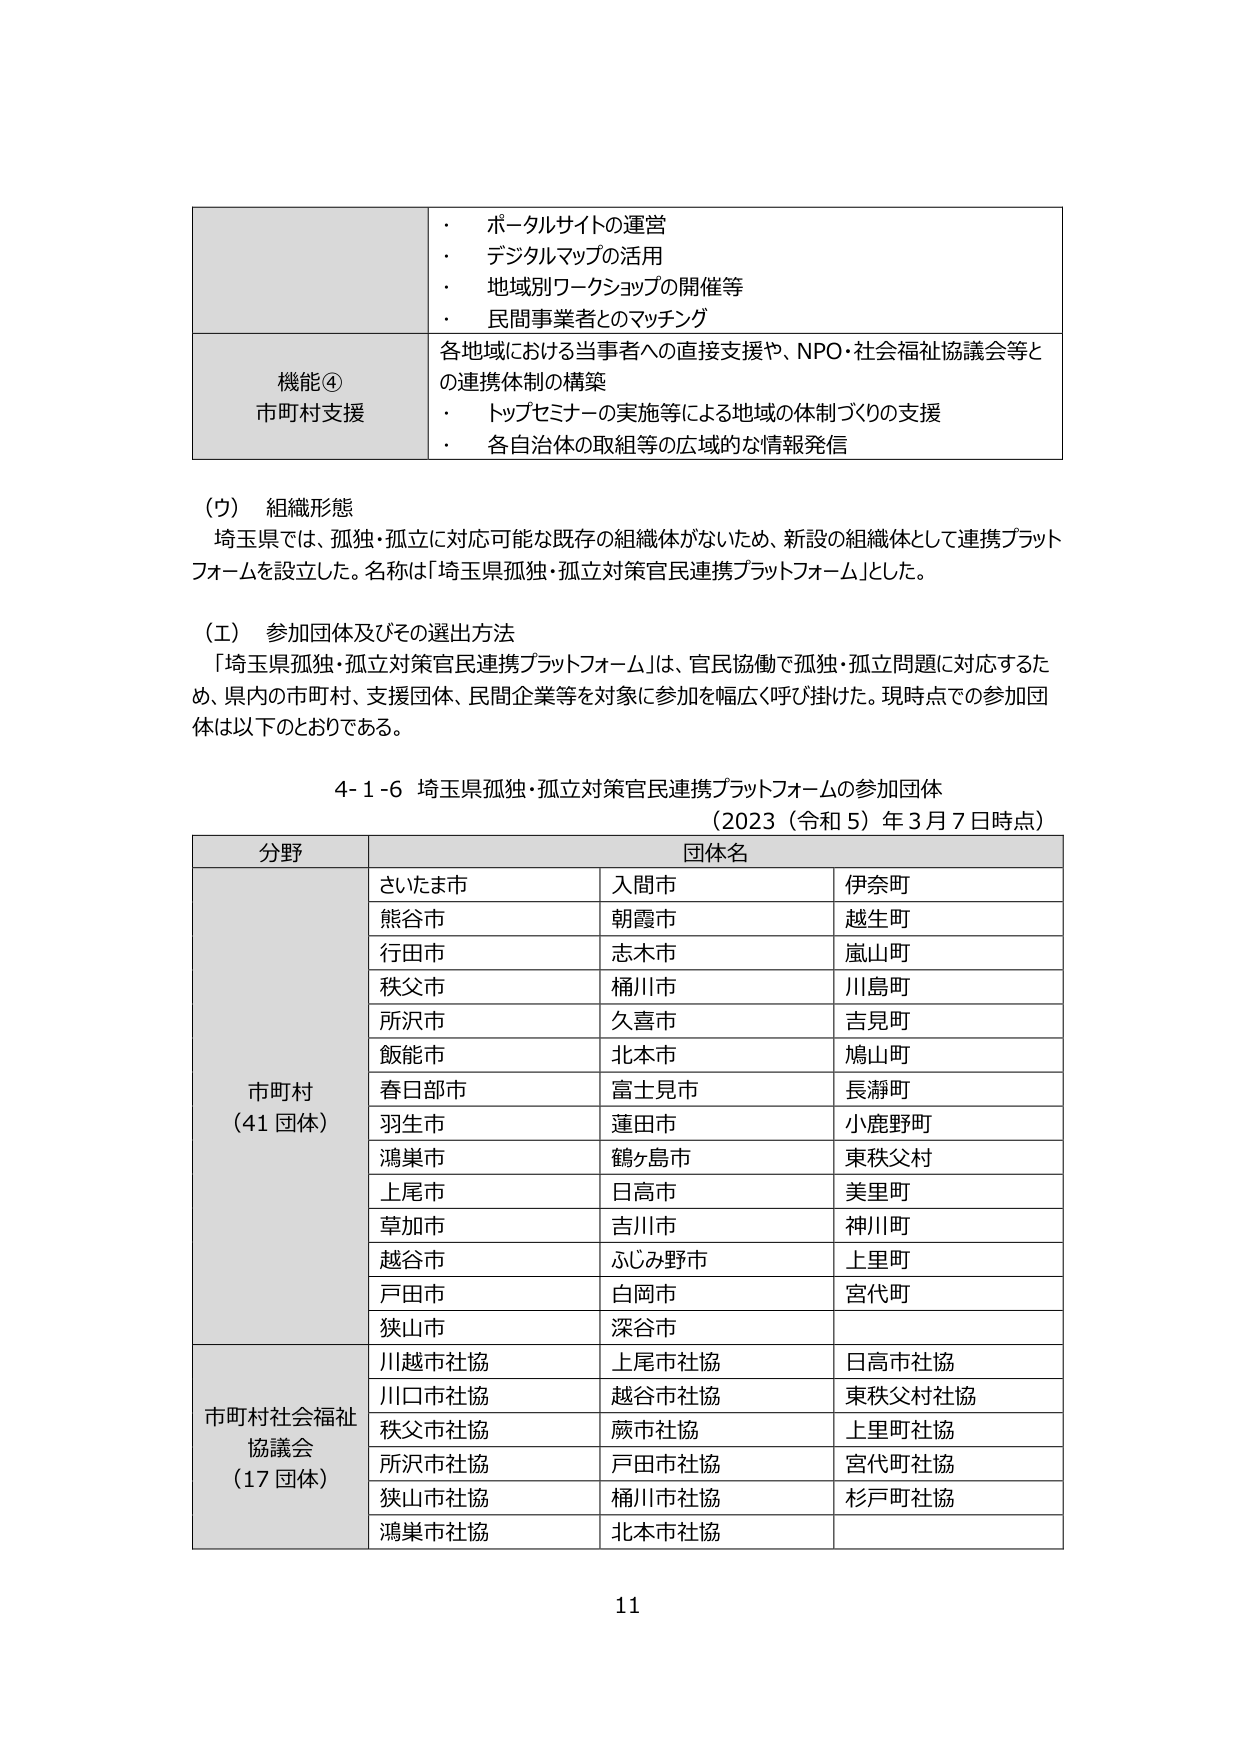
・ ポータルサイトの運営
・ デジタルマップの活用
・ 地域別ワークショップの開催等
・ 民間事業者とのマッチング

機能④
市町村支援
各地域における当事者への直接支援や、NPO・社会福祉協議会等と
の連携体制の構築
・ トップセミナーの実施等による地域の体制づくりの支援
・ 各自治体の取組等の広域的な情報発信

（ウ） 組織形態
埼玉県では、孤独・孤立に対応可能な既存の組織体がないため、新設の組織体として連携プラット
フォームを設立した。名称は「埼玉県孤独・孤立対策官民連携プラットフォーム」とした。

（エ） 参加団体及びその選出方法
「埼玉県孤独・孤立対策官民連携プラットフォーム」は、官民協働で孤独・孤立問題に対応するた
め、県内の市町村、支援団体、民間企業等を対象に参加を幅広く呼び掛けた。現時点での参加団
体は以下のとおりである。

4-1-6 埼玉県孤独・孤立対策官民連携プラットフォームの参加団体
（2023（令和5）年3月7日時点）

分野　　　　　　　　　　　　　団体名
市町村
（41団体）
さいたま市　　　　　　　入間市　　　　　　　伊奈町
熊谷市　　　　　　　　　朝霞市　　　　　　　越生町
行田市　　　　　　　　　志木市　　　　　　　嵐山町
秩父市　　　　　　　　　桶川市　　　　　　　川島町
所沢市　　　　　　　　　久喜市　　　　　　　吉見町
飯能市　　　　　　　　　北本市　　　　　　　鳩山町
春日部市　　　　　　　　富士見市　　　　　　長瀞町
羽生市　　　　　　　　　蓮田市　　　　　　　小鹿野町
鴻巣市　　　　　　　　　鶴ヶ島市　　　　　　東秩父村
上尾市　　　　　　　　　日高市　　　　　　　美里町
草加市　　　　　　　　　吉川市　　　　　　　神川町
越谷市　　　　　　　　　ふじみ野市　　　　　上里町
戸田市　　　　　　　　　白岡市　　　　　　　宮代町
狭山市　　　　　　　　　深谷市

市町村社会福祉
協議会
（17団体）
川越市社協　　　　　　上尾市社協　　　　　日高市社協
川口市社協　　　　　　越谷市社協　　　　　東秩父村社協
秩父市社協　　　　　　蕨市社協　　　　　　上里町社協
所沢市社協　　　　　　戸田市社協　　　　　宮代町社協
狭山市社協　　　　　　桶川市社協　　　　　杉戸町社協
鴻巣市社協　　　　　　北本市社協

11